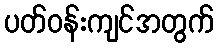
ပတ်ဝန်းကျင်အတွက်